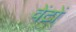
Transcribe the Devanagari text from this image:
वेंटों